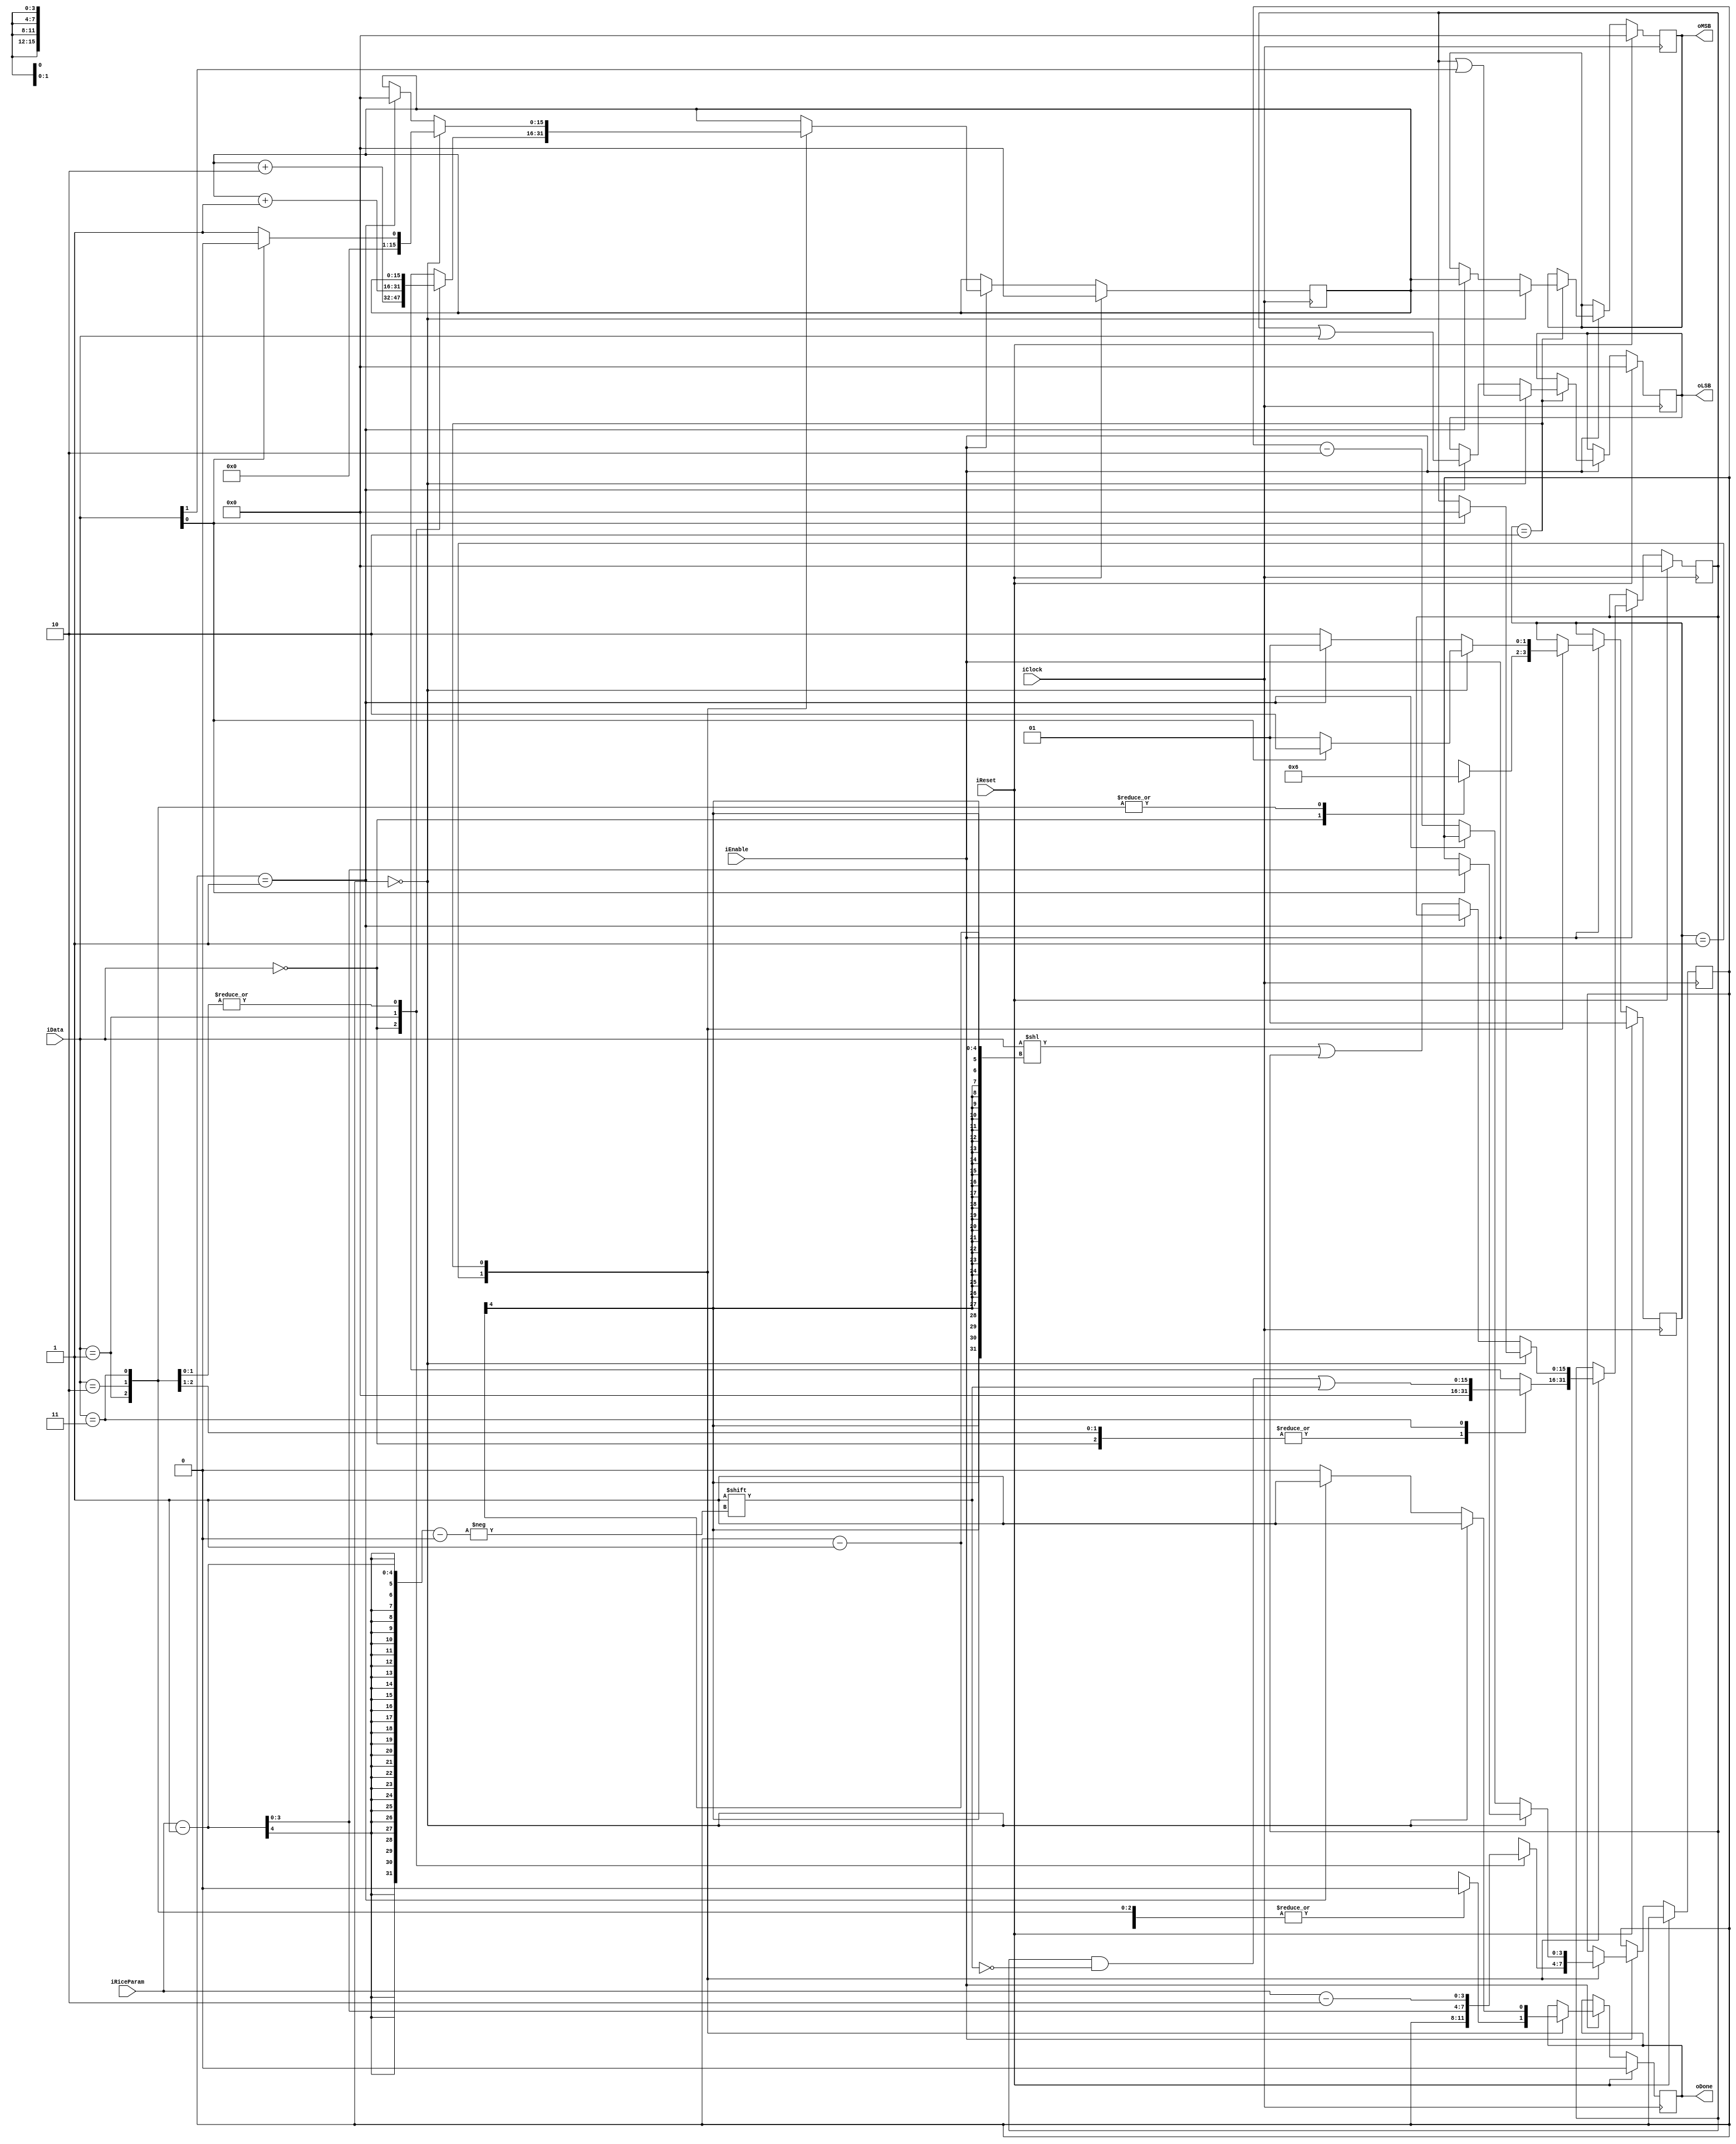
module RiceStreamReader2(input iClock,
                        input iReset,
                        input iEnable,
                        input [1:0] iData,
                        input [3:0] iRiceParam, 
                        output reg [15:0] oMSB,
                        output reg [15:0] oLSB,
                        output oDone);
/* This module analyses the data stream and outputs the current LSBs and MSBs 
   for the stream. Whenever the done flag is raised, you can sample the correct LSBs and MSBs
*/

    reg [15:0] procMSBs, procLSBs;
    
    parameter IDLE = 2'b00, UNARY = 2'b01, REMAINDER = 2'b10;
    
    reg [1:0] state;
    reg done;
    
    assign oDone = done;
                         
    reg [3:0] rem_bits;
    
    always @(posedge iClock) begin
        if (iReset) begin
            state <= UNARY;
            done <= 0;
            procLSBs <= 0;
            procMSBs <= 0;
            oMSB <= 0;
            oLSB <= 0;
        end else if (iEnable) begin
            case (state)
                UNARY:
                    begin
                        case (iData)
                        2'b00:
                            begin
                            procMSBs <= procMSBs + 2;
                            rem_bits <= rem_bits;
                            procLSBs <= 0;
                            state <= UNARY;
                            done <= 0;
                            end
                        2'b01:
                            begin
                            procMSBs <= procMSBs + 1;
                            rem_bits <= iRiceParam - 1;
                            procLSBs <= 0;
                            state <= REMAINDER;
                            done <= 0;
                            end
                        2'b10:
                            begin
                            procMSBs <= procMSBs;
                            rem_bits <= iRiceParam - 2;
                            procLSBs <= 0;
                            state <= REMAINDER;
                            done <= 0;
                            end
                        2'b11:
                            begin
                            procMSBs <= procMSBs;
                            rem_bits <= iRiceParam - 2;
                            procLSBs[iRiceParam - 1] <= 1;
                            state <= REMAINDER;
                            done <= 0;
                            end
                        endcase
                    end
                REMAINDER:
                    begin
                        if (rem_bits == 0) begin
                            oMSB <= procMSBs;
                            oLSB <= procLSBs | iData[1];
                            done <= 1;
                            if (iData[0] == 0) begin
                                procMSBs <= 1;
                                state <= UNARY;
                            end else begin
                                procMSBs <= 0;
                                procLSBs <= 0;
                                state <= REMAINDER;
                                rem_bits <= iRiceParam - 1;
                            end
                            
                        end else if (rem_bits == 1) begin
                            oLSB <= procLSBs | iData;
                            oMSB <= procMSBs;
                            procMSBs <= 0;
                            
                            done <= 1;
                            state <= UNARY;
                        end else begin
                            done <= 0;
                            procLSBs <= (iData << (rem_bits - 1)) | procLSBs;
                            rem_bits <= rem_bits - 2;
                            state <= REMAINDER;
                        end
                    end
            endcase
        end
    end
        
endmodule